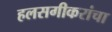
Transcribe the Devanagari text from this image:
हलसगीकरांचा